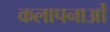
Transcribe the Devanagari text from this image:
कलापनाओं